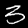
Label: 3